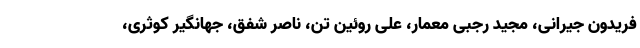
فریدون جیرانی، مجید رجبی معمار، علی روئین تن، ناصر شفق، جهانگیر کوثری،